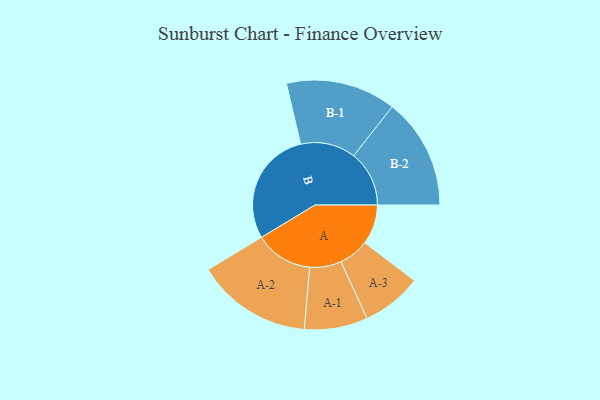
{"axis": {"x": "Segment", "y": "Value"}, "legend": ["", "A", "B"], "data": [{"x": "A", "y": 160, "type": ""}, {"x": "B", "y": 464, "type": ""}, {"x": "A-1", "y": 127, "type": "A"}, {"x": "A-2", "y": 232, "type": "A"}, {"x": "A-3", "y": 121, "type": "A"}, {"x": "B-1", "y": 221, "type": "B"}, {"x": "B-2", "y": 223, "type": "B"}]}